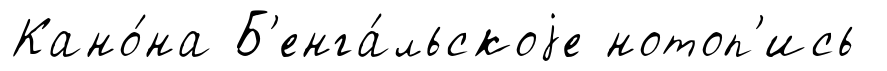
Кано́на Б'енга́льскоjе нотоп'ись